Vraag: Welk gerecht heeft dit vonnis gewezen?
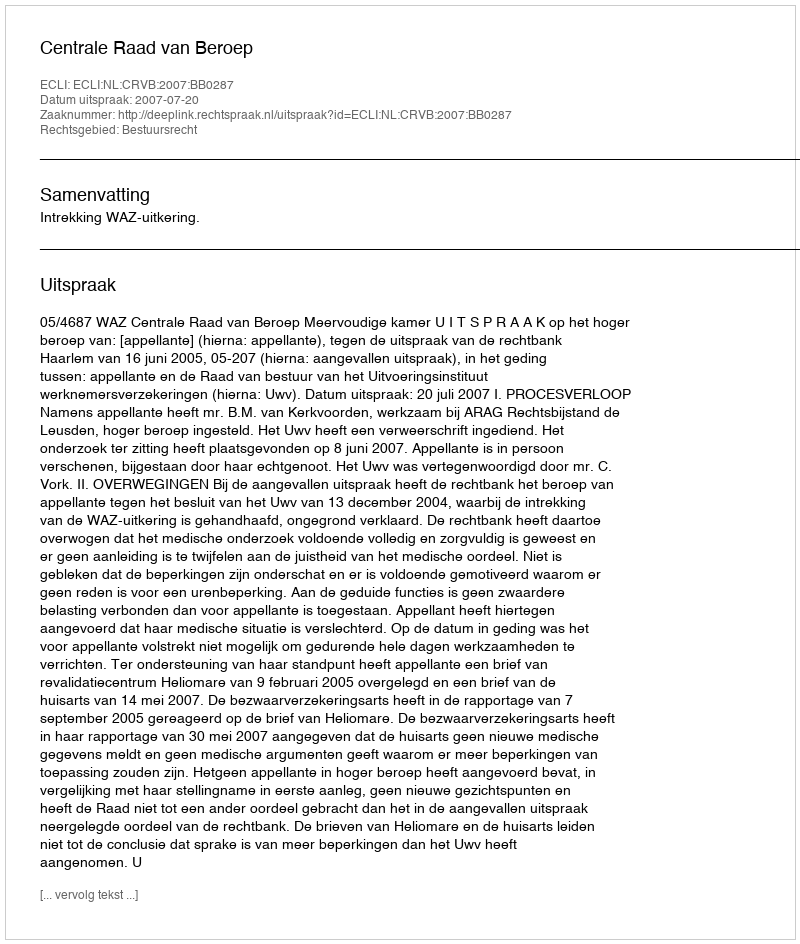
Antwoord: Centrale Raad van Beroep